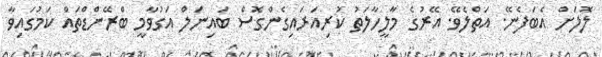
ލޮލަށް އެބަފެނޭ. އަތްލެވޭ. އޭރުގެ މާލީހާލަތު ކުރިއަރައިގެންގޮސް ބައިނަލް އަގުވާމީ ބްރޭންޑްތައް ކަމުގައިވާ